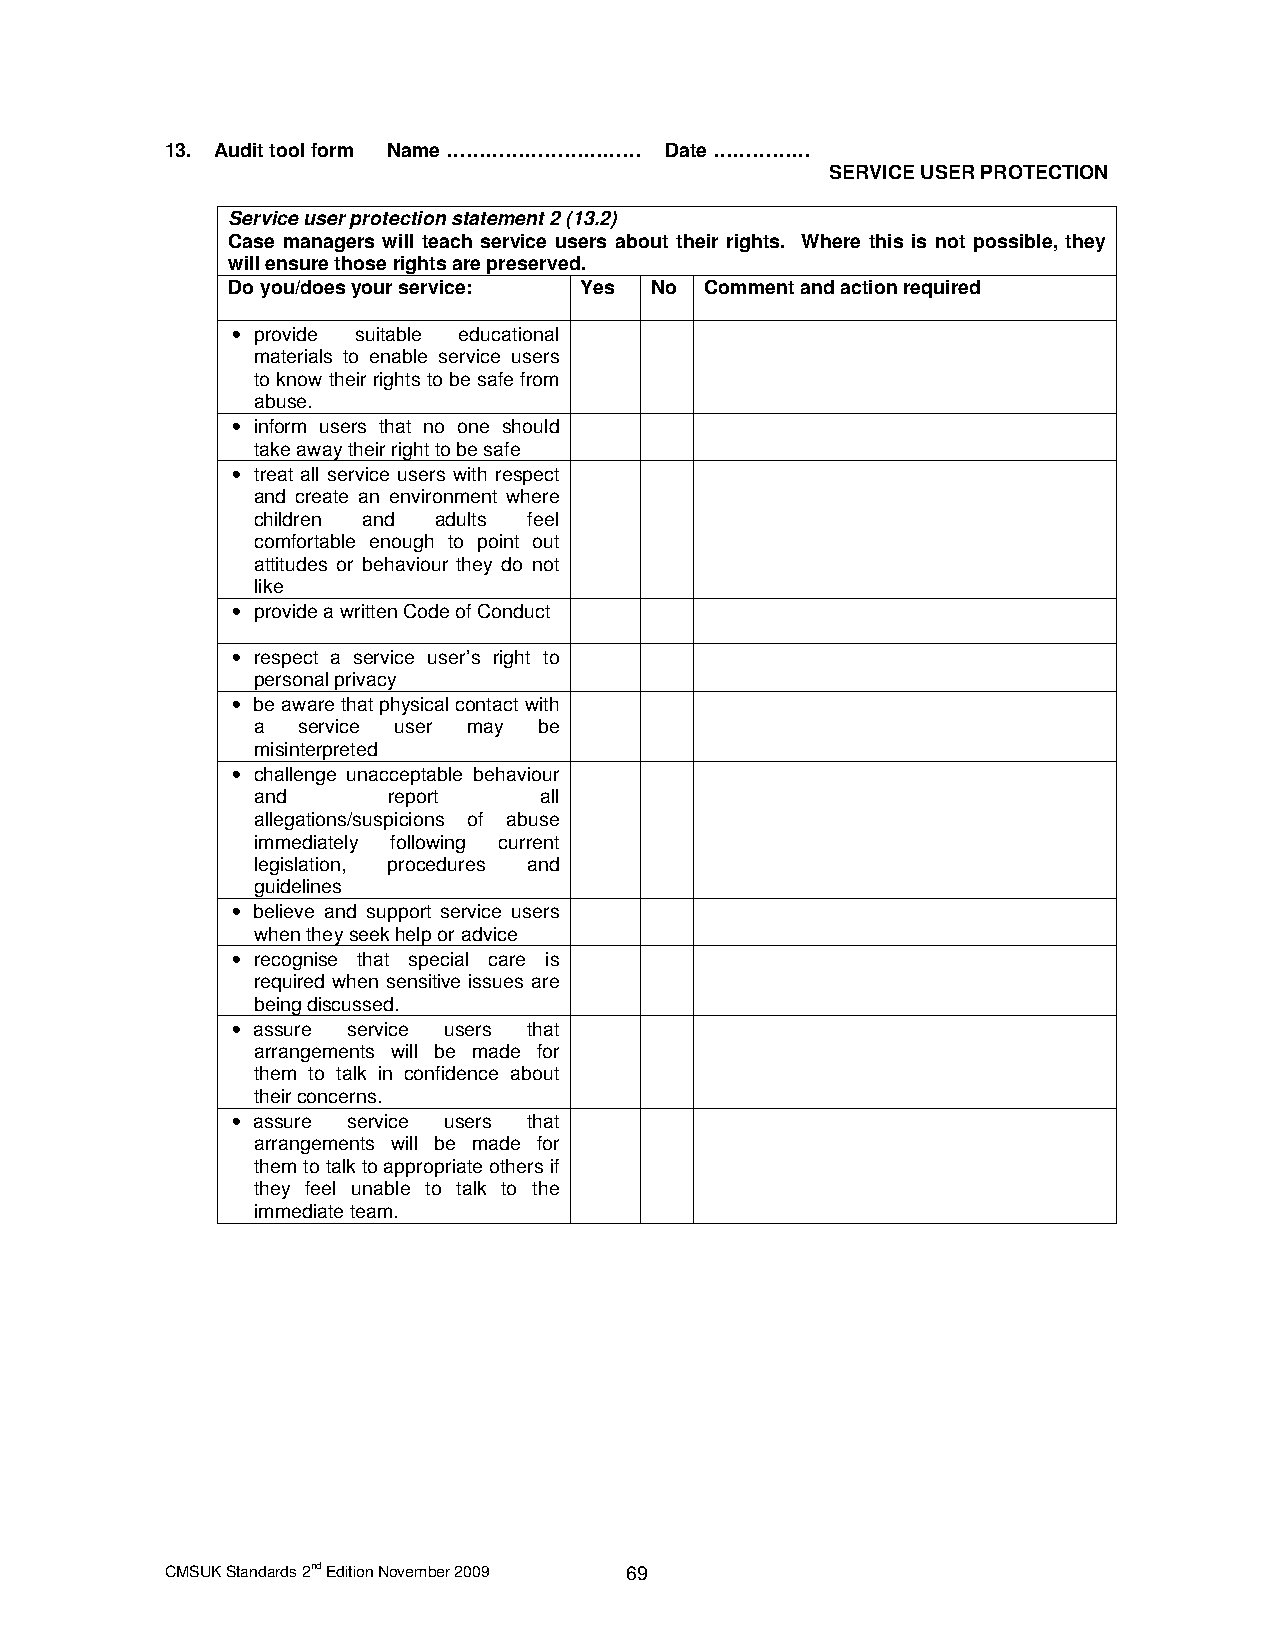
13. Audit tool form Name ………………………… Date ……………
 SERVICE USER PROTECTION
 Service user protection statement 2 (13.2)
 Case managers will teach service users about their rights. Where this is not possible, they
 will ensure those rights are preserved.
 Do you/does your service: Yes No Comment and action required
 • provide suitable educational
 materials to enable service users
 to know their rights to be safe from
 abuse.
 • inform users that no one should
 take away their right to be safe
 • treat all service users with respect
 and create an environment where
 children and adults feel
 comfortable enough to point out
 attitudes or behaviour they do not
 like
 • provide a written Code of Conduct
 • respect a service user’s right to
 personal privacy
 • be aware that physical contact with
 a  service user may be
 misinterpreted
 • challenge unacceptable behaviour
 and      report    all
 allegations/suspicions of abuse
 immediately following current
 legislation, procedures and
 guidelines
 • believe and support service users
 when they seek help or advice
 • recognise that special care is
 required when sensitive issues are
 being discussed.
 • assure service users that
 arrangements will be made for
 them to talk in confidence about
 their concerns.
 • assure service users that
 arrangements will be made for
 them to talk to appropriate others if
 they feel unable to talk to the
 immediate team.
 CMSUK Standards 2nd Edition November 2009 69